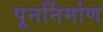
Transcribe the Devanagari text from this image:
पूनर्निर्माण